Leaving Certificate Examination, 1910
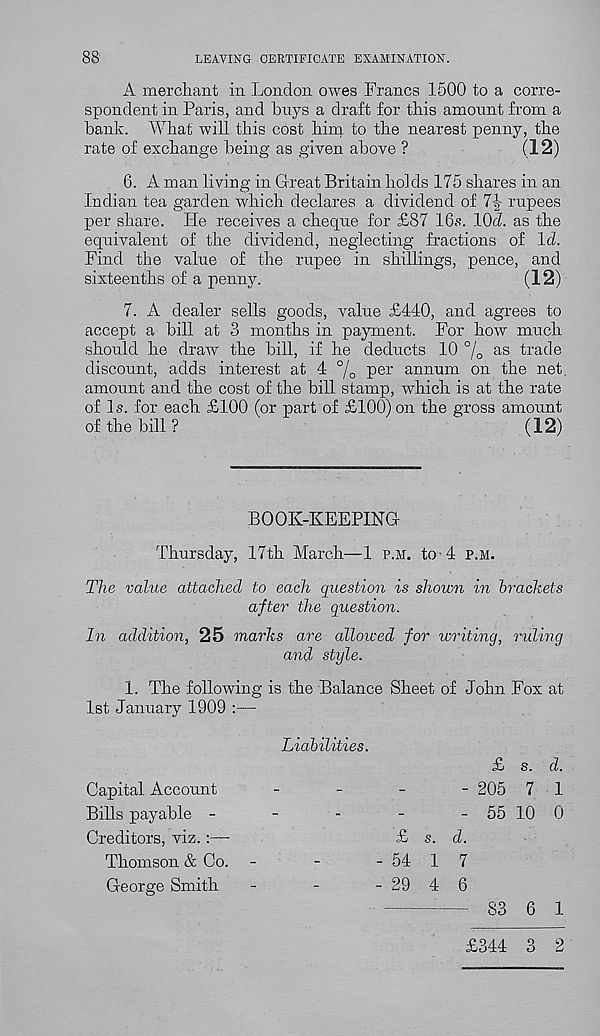
88
LEAVING CERTIFICATE EXAMINATION.
A merchant in London owes Francs 1500 to a corre-
spondent in Paris, and buys a draft for this amount from a
bank. What will this cost him to the nearest penny, the
rate of exchange being as given above ?
(12)
6. A man living in Great Britain holds 175 shares in an
Indian tea garden which declares a dividend of
rupees
per share. He receives a cheque for £87 IBs. 10<I. as the
equivalent of the dividend, neglecting fractions of Id.
Find the value of the rupee in shillings, pence, and
sixteenths of a penny.
(12)
7. A dealer sells goods, value £440, and agrees to
accept a bill at 3 months in payment. For how much
should he draw the bill, if he deducts 10 % as trade
discount, adds interest at 4 % per annum on the net
amount and the cost of the bill stamp, which is at the rate
of Is. for each £100 (or part of £100) on the gross amount
of the bill ?
(12)
BOOK-KEEPING
Thursday, 17th March—1 p.m. to 4 p.m.
The value attached to each question is shown in brackets
after the question.
In addition, 25 marks are allowed for writing, ruling
and style.
1. The following is the Balance Sheet of John Fox at
1st January 1909 :—
Capital Account
Bills payable -
Creditors, viz.:—
Thomson & Co.
George Smith
Liabilities.
£
- 54
- 29
s.
1
4
£ s. d.
- 205 7 1
- 55 10 0
d.
7
6
83 6 1
£344 3 2